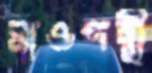
মাওপন্থী